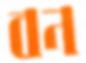
বন